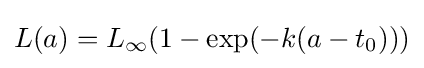
L(a)=L_{\infty }(1-\exp(-k(a-t_{0})))